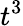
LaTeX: t^{3}